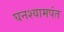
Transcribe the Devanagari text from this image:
घनश्यामपंत